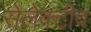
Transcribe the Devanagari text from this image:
सेलेक्टीव